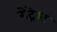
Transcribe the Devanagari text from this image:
गेट्रेस्ट